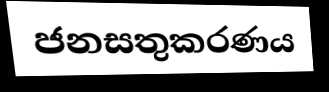
ජනසතුකරණය